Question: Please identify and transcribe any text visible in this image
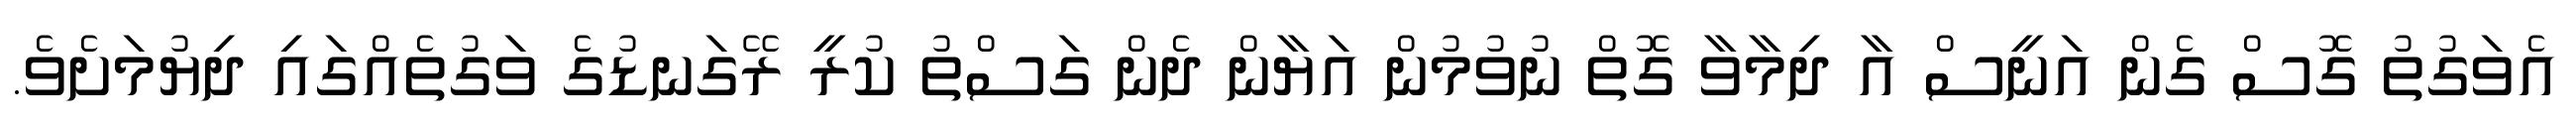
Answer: އެވަގުތު ގޮސް ގެން އަނީސް އާ ދިމާވާ ގޮތް ނުވުމުން އަޔާން ދެން ގަސްތު ކުރީ ރޭގަނޑުގެ ވަގުތެއްގައި ދިޔުމަށެވެ.